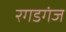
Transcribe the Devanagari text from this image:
रगडगंज